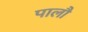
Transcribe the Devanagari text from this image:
पालौ